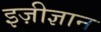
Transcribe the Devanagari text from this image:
इज़ीज्ञान